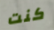
كنت